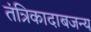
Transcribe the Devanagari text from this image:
तंत्रिकादाबजन्य